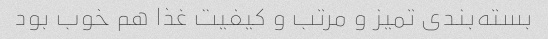
بسته‌بندی تمیز و مرتب و کیفیت غذا هم خوب بود